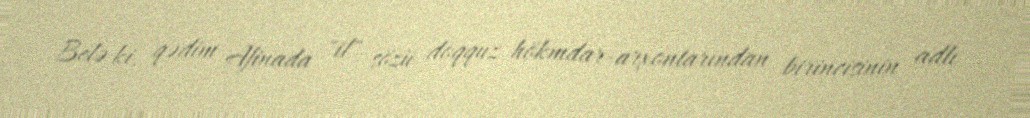
Belə ki, qədim Afinada "il" sözü doqquz hökmdar-arxontarından birincisinin adlı